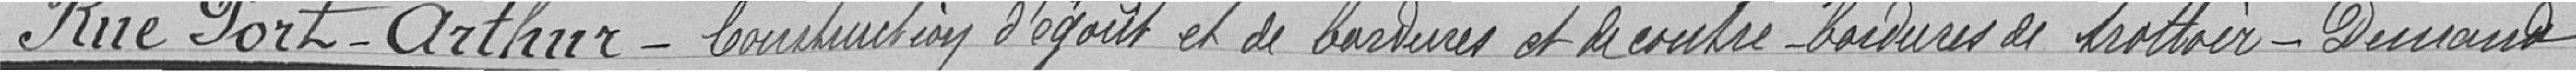
Rue Port-Arthur - Construction d'égout et de bordures et - bordures de trottoir - Demande